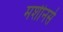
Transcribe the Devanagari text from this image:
मशीनसे